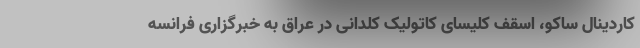
کاردینال ساکو، اسقف کلیسای کاتولیک کلدانی در عراق به خبرگزاری فرانسه